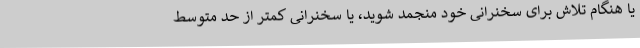
یا هنگام تلاش برای سخنرانی خود منجمد شوید، یا سخنرانی کمتر از حد متوسط